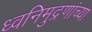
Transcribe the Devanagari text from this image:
ध्वनिमुद्रणांच्या